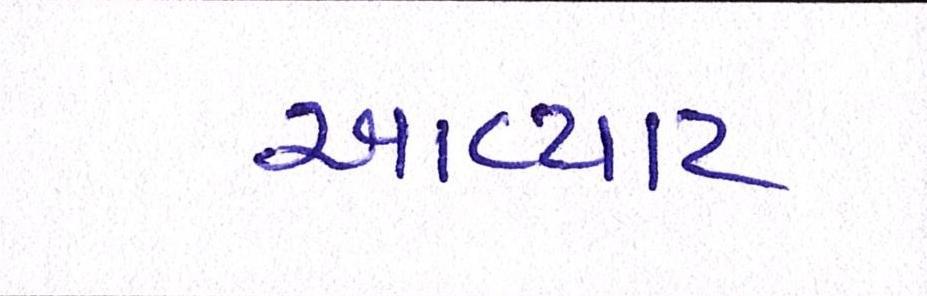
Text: આવ્યાટ